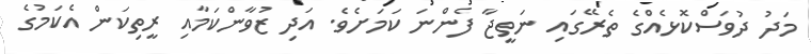
މަދު ދުވަސްކޮޅެއްގެ ތެރޭގައި ނަތީޖާ ފެންނަ ކަމަށެވެ. އަދި ޒުވާންކަމާއި ރީތިކަން އެކަމުގެ